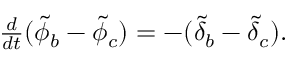
\begin{array} { r } { \frac { d } { d t } ( \tilde { \phi } _ { b } - \tilde { \phi } _ { c } ) = - ( \tilde { \delta } _ { b } - \tilde { \delta } _ { c } ) . } \end{array}